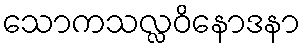
သောကသလ္လဝိနောဒနာ